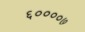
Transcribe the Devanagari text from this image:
६००००७